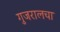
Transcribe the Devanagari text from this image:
गुजरालचा